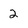
Character: 2